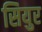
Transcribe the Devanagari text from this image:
सियुर